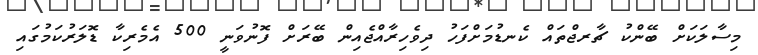
މިސާލަކަށް ބޭންކު ޗާރޖްތައް ކެނޑުމަށްފަހު ދިވެހިރާއްޖެއިން ބޭރަށް ފޮނުވަނީ 500 އެމެރިކާ ޑޮލަރުކަމުގައި